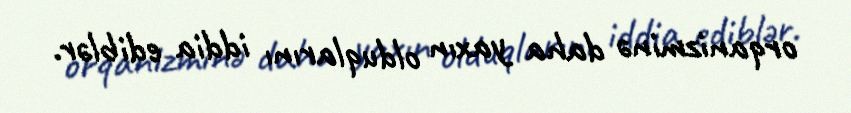
orqanizminə daha yaxın olduqlarını iddia ediblər.